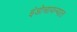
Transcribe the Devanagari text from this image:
इंडोचायन्यात